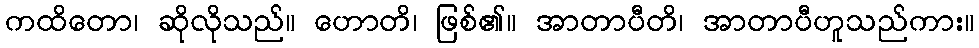
ကထိတော၊ ဆိုလိုသည်။ ဟောတိ၊ ဖြစ်၏။ အာတာပီတိ၊ အာတာပီဟူသည်ကား။